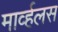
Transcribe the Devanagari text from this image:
मार्व्हलस